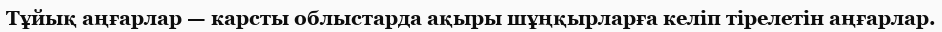
Тұйық аңғарлар — карсты облыстарда ақыры шұңқырларға келіп тірелетін аңғарлар.